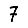
Digit: 7